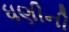
ધણીની